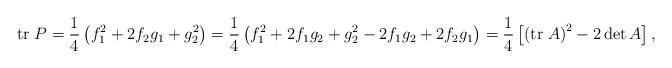
LaTeX: \begin{align*}\mathrm{tr}\;P=\frac{1}{4}\left( f_{1}^{2}+2f_{2}g_{1}+g_{2}^{2}\right) =\frac{1}{4}\left(f_{1}^{2}+2f_{1}g_{2}+g_{2}^{2}-2f_{1}g_{2}+2f_{2}g_{1}\right) =\frac{1}{4}\left[ \left( \mathrm{tr}\;A\right) ^{2}-2\det A\right] ,\end{align*}